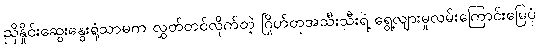
ညှိနှိုင်းဆွေးနွေးရုံသာမက လွှတ်တင်လိုက်တဲ့ ဂြိုဟ်တုအသီးသီးရဲ့ ရွေ့လျားမှုလမ်းကြောင်းမြေပုံ